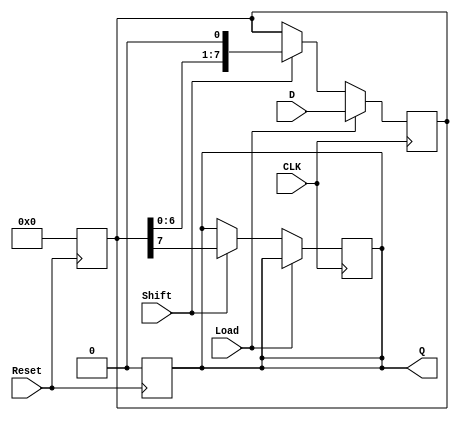
module PISO_Register #(
    parameter n = 8  // Parameter for the width of the data input
)(
    input wire [n-1:0] D,      // Parallel data input
    input wire Load,            // Load signal
    input wire Shift,           // Shift signal
    input wire CLK,             // Clock signal
    input wire Reset,           // Asynchronous reset signal
    output reg Q               // Serial output
);

    reg [n-1:0] shift_reg;     // Internal shift register

    // Asynchronous reset
    always @(posedge Reset) begin
        shift_reg <= {n{1'b0}}; // Clear the shift register
        Q <= 1'b0;              // Clear the output
    end

    // Synchronous operation
    always @(posedge CLK) begin
        if (Load) begin
            shift_reg <= D;      // Load data into the shift register
        end else if (Shift) begin
            Q <= shift_reg[n-1]; // Output the MSB
            shift_reg <= {shift_reg[n-2:0], 1'b0}; // Shift left
        end
    end

endmodule